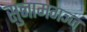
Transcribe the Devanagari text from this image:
सुनामगञ्ज